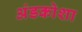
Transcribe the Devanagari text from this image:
अंडकोशा